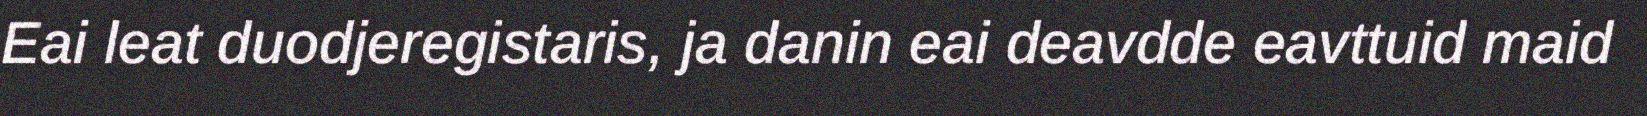
Eai leat duodjeregistaris, ja danin eai deavdde eavttuid maid